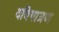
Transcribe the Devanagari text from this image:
दबिगात्रण